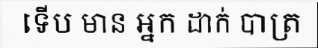
ទើប មាន អ្នក ដាក់ បាត្រ